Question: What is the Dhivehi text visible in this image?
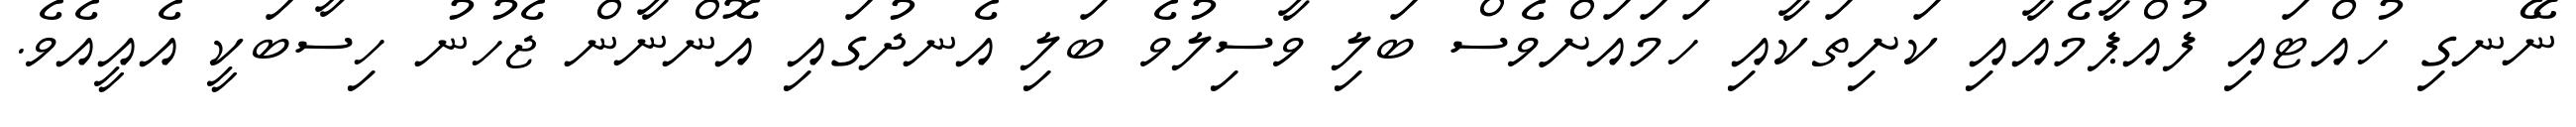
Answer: ނޭނގި ހުއްޓައި ފުއްޕާމެއާއި ކަށިތަކާއި ހަމައަށްވެސް ބަލި ވާސިލުވެ ބަލި އެނދުގައި އޮންނާން ޖެހުނު ހިސާބަކީ އެއީއެވެ.